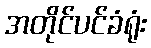
အတိုင်ပင်ခံရုံး